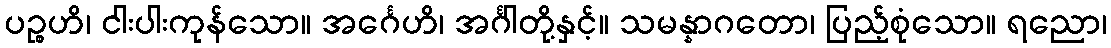
ပဉ္စဟိ၊ ငါးပါးကုန်သော။ အင်္ဂေဟိ၊ အင်္ဂါတို့နှင့်။ သမန္နာဂတော၊ ပြည့်စုံသော။ ရညော၊